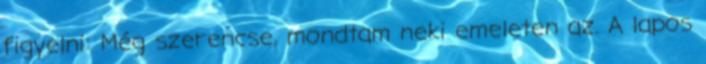
figyelni: Még szerencse, mondtam neki emeleten az. A lapos